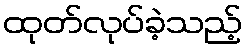
ထုတ်လုပ်ခဲ့သည့်